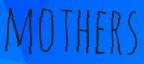
MOTHERS